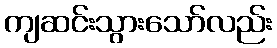
ကျဆင်းသွားသော်လည်း